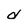
Character: d